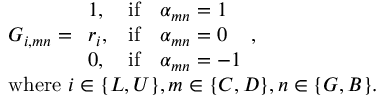
\begin{array} { l } { G _ { i , m n } = \begin{array} { l l l } { 1 , } & { \mathrm { i f } } & { \alpha _ { m n } = 1 } \\ { r _ { i } , } & { \mathrm { i f } } & { \alpha _ { m n } = 0 } \\ { 0 , } & { \mathrm { i f } } & { \alpha _ { m n } = - 1 } \end{array} , } \\ { \mathrm { w h e r e ~ } i \in \{ L , U \} , m \in \{ C , D \} , n \in \{ G , B \} . } \end{array}